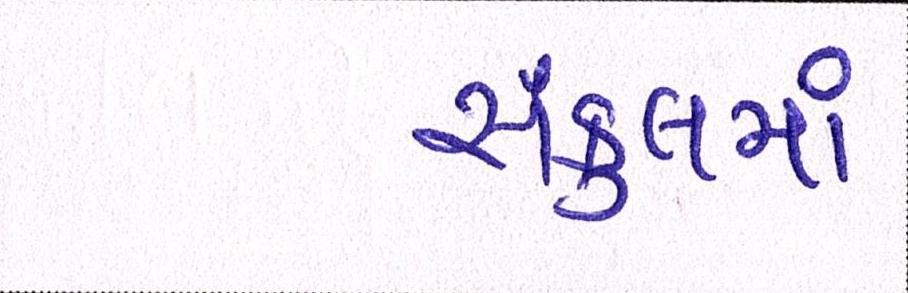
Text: સંકુલમાં